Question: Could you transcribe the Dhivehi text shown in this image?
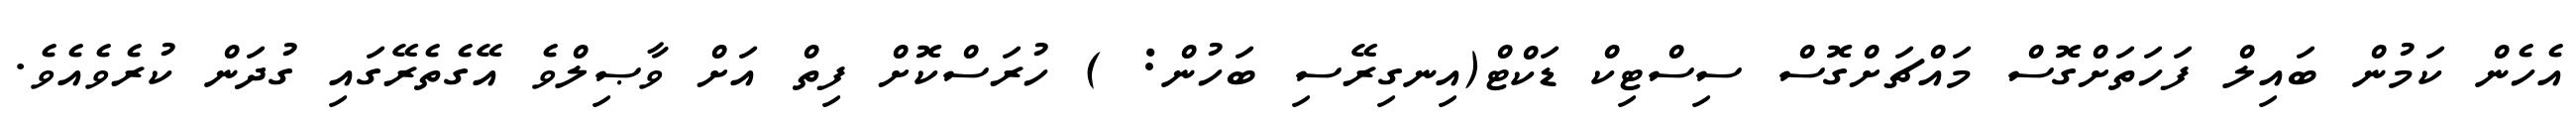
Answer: އެހެން ކަމުން ބައިލް ފަހަތަށްގޮސް މައްޗަށްގޮސް ސިސްޓިކް ޑަކްޓް(އިނގިރޭސި ބަހުން: ) ހުރަސްކޮށް ފިތް އަށް ވާޞިލްވެ އޭގެތެރޭގައި ގުދަން ކުރެވެއެވެ.